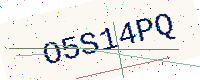
Text: O5S14PQ